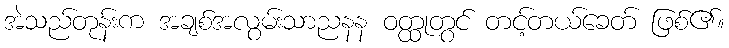
အဲသည်တုန်းက အချစ်အလွမ်းသာညနန ဝတ္ထုတွင် တင့်တယ်ခေတ် ဖြစ်၏။